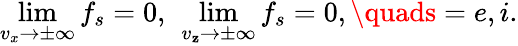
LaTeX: \operatorname*{lim}_{v_{x}\rightarrow\pm\infty}f_{s}=0,\ \operatorname*{lim}_{v_{\mathbf{z}}\rightarrow\pm\infty}f_{s}=0,\quads=e,i.